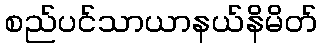
စည်ပင်သာယာနယ်နိမိတ်